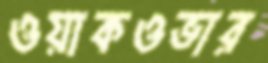
ওয়াকওভার